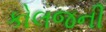
કોલજની